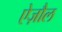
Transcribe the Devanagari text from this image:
ऐज़ौल